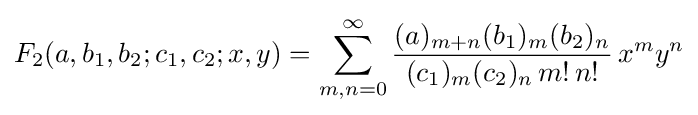
F_{2}(a,b_{1},b_{2};c_{1},c_{2};x,y)=\sum _{m,n=0}^{\infty }{\frac {(a)_{m+n}(b_{1})_{m}(b_{2})_{n}}{(c_{1})_{m}(c_{2})_{n}\,m!\,n!}}\,x^{m}y^{n}